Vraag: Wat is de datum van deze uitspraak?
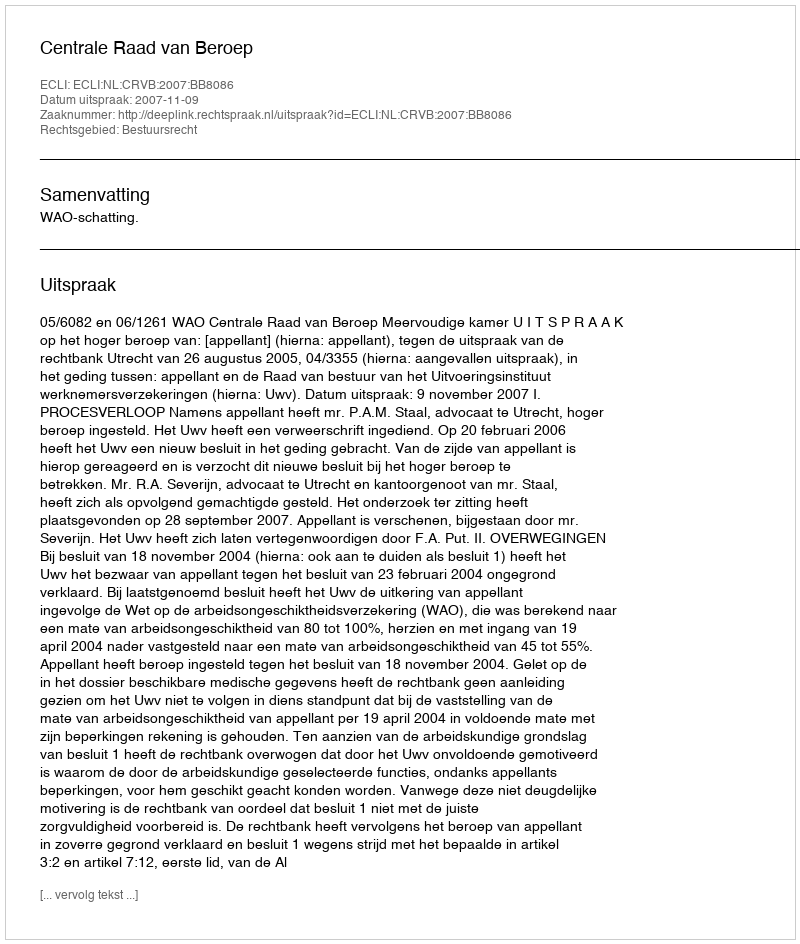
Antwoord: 2007-11-09